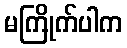
မကြိုက်ပါက